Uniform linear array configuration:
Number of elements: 48
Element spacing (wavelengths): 0.25
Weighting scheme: exponential
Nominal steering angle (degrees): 45
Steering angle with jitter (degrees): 46.82
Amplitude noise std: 0.05
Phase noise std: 0.05

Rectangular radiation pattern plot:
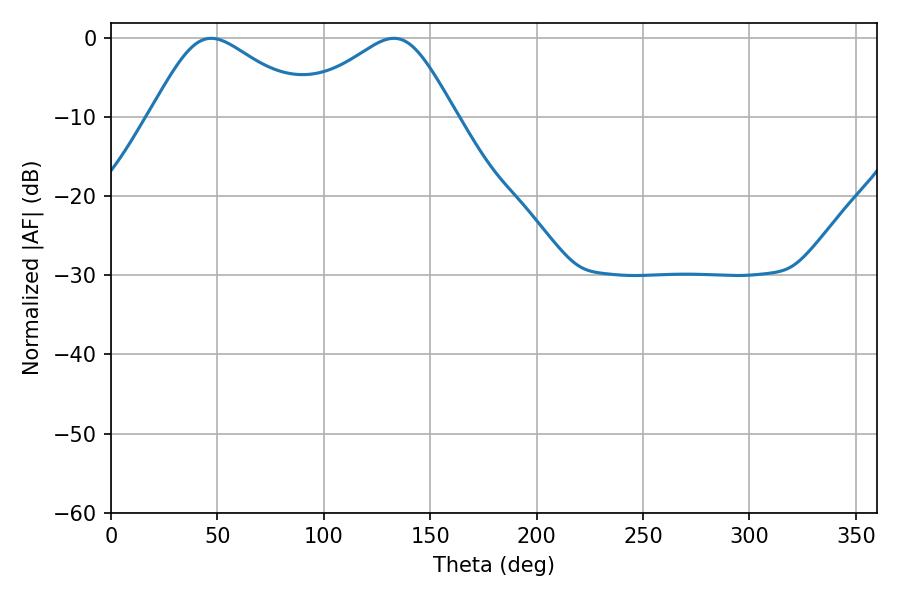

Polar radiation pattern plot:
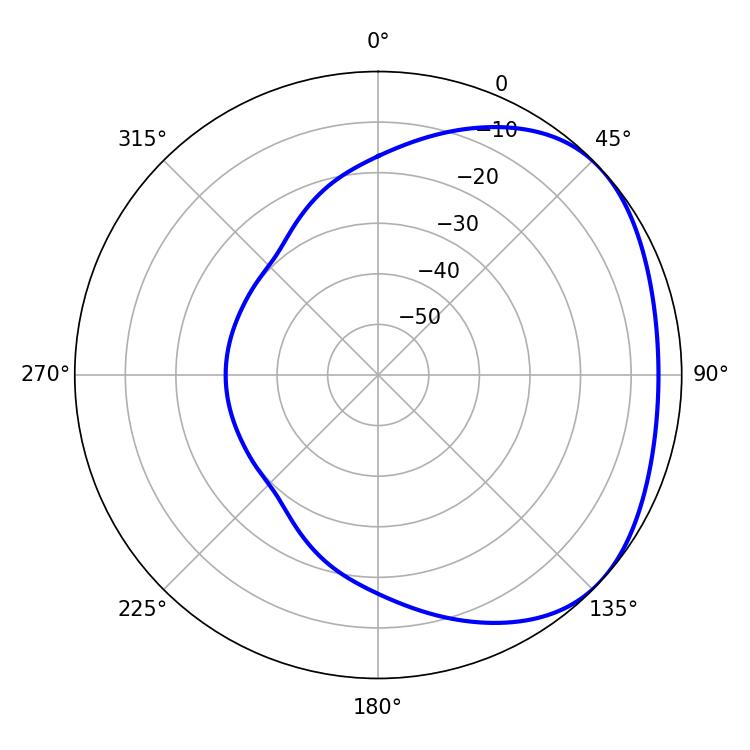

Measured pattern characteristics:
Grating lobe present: FALSE
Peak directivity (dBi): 2.531
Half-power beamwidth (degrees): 37.62
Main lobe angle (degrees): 47.16